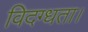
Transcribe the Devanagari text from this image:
विदग्धता।